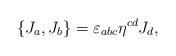
LaTeX: \begin{align*}\{ J_a , J_b \} =\varepsilon_{abc}\eta^{cd}J_d ,\end{align*}